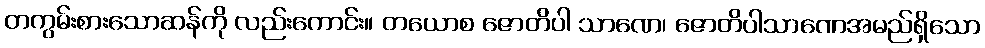
တကွမ်းစားသောဆန်ကို လည်းကောင်း။ တယောစ ဇောတိပါ သာဏေ၊ ဇောတိပါသာဏေအမည်ရှိသော